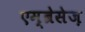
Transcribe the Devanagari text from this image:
एम्ब्रेसेज़